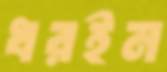
ধরইন